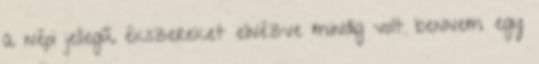
a népi jellegű ékszereket elnézve mindig volt bennem egy